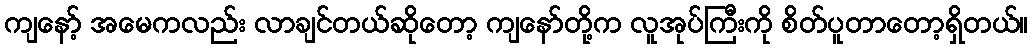
ကျနော့် အမေကလည်း လာချင်တယ်ဆိုတော့ ကျနော်တို့က လူအုပ်ကြီးကို စိတ်ပူတာတော့ရှိတယ်။